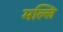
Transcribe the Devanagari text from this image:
मल्लि